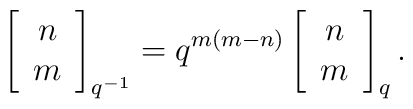
\left[ \begin{array}{c} n \\ m \end{array} \right]_{q^{-1}}=q^{m(m-n)}\left[ \begin{array}{c} n \\ m \end{array} \right]_{q}.